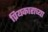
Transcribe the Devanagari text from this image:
प्रियकाराच्या